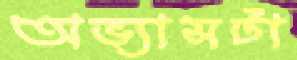
অভ্যাসটা